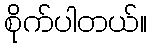
စိုက်ပါတယ်။